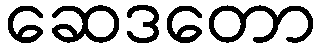
ဆေဒတော